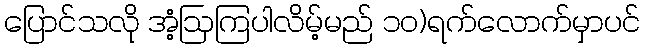
ပြောင်သလို အံ့ဩကြပါလိမ့်မည် ၁၀)ရက်လောက်မှာပင်